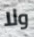
ولا